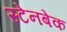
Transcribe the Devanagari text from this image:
स्टेनबेक